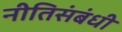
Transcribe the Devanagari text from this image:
नीतिसंबंधी